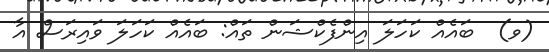
(ވ)  ބައެއް ކަހަލަ އިންފެކްޝަން ތައް: ބައެއް ކަހަލަ ވައިރަސް އާ